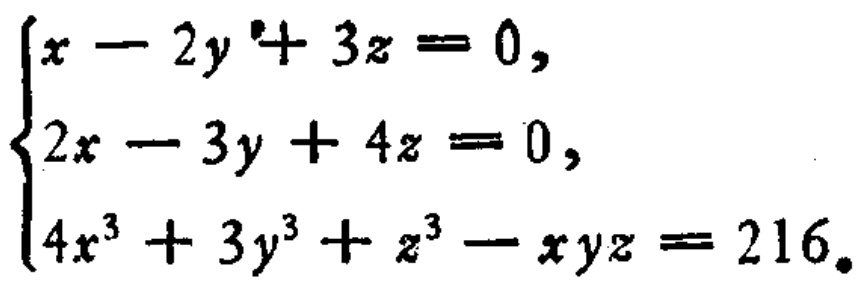
\[\begin{cases}
x - 2y + 3z = 0,\\
2x - 3y + 4z = 0,\\
4x^{3}+3y^{3}+z^{3}-xyz = 216.
\end{cases}\]